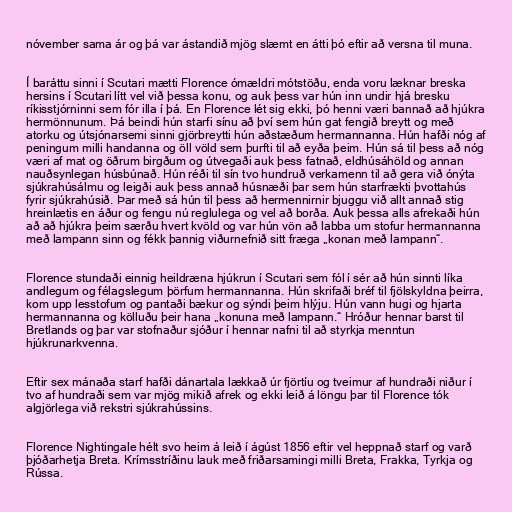
nóvember sama ár og þá var ástandið mjög slæmt en átti þó eftir að versna til muna.

Í baráttu sinni í Scutari mætti Florence ómældri mótstöðu, enda voru læknar breska
hersins í Scutari lítt vel við þessa konu, og auk þess var hún inn undir hjá bresku
ríkisstjórninni sem fór illa í þá. En Florence lét sig ekki, þó henni væri bannað að hjúkra
hermönnunum. Þá beindi hún starfi sínu að því sem hún gat fengið breytt og með
atorku og útsjónarsemi sinni gjörbreytti hún aðstæðum hermannanna. Hún hafði nóg af
peningum milli handanna og öll völd sem þurfti til að eyða þeim. Hún sá til þess að nóg
væri af mat og öðrum birgðum og útvegaði auk þess fatnað, eldhúsáhöld og annan
nauðsynlegan húsbúnað. Hún réði til sín tvo hundruð verkamenn til að gera við ónýta
sjúkrahúsálmu og leigði auk þess annað húsnæði þar sem hún starfrækti þvottahús
fyrir sjúkrahúsið. Þar með sá hún til þess að hermennirnir bjuggu við allt annað stig
hreinlætis en áður og fengu nú reglulega og vel að borða. Auk þessa alls afrekaði hún
að að hjúkra þeim særðu hvert kvöld og var hún vön að labba um stofur hermannanna
með lampann sinn og fékk þannig viðurnefnið sitt fræga „konan með lampann“.

Florence stundaði einnig heildræna hjúkrun í Scutari sem fól í sér að hún sinnti líka
andlegum og félagslegum þörfum hermannanna. Hún skrifaði bréf til fjölskyldna þeirra,
kom upp lesstofum og pantaði bækur og sýndi þeim hlýju. Hún vann hugi og hjarta
hermannanna og kölluðu þeir hana „konuna með lampann.“ Hróður hennar barst til
Bretlands og þar var stofnaður sjóður í hennar nafni til að styrkja menntun
hjúkrunarkvenna.

Eftir sex mánaða starf hafði dánartala lækkað úr fjörtíu og tveimur af hundraði niður í
tvo af hundraði sem var mjög mikið afrek og ekki leið á löngu þar til Florence tók
algjörlega við rekstri sjúkrahússins.

Florence Nightingale hélt svo heim á leið í ágúst 1856 eftir vel heppnað starf og varð
þjóðarhetja Breta. Krímsstríðinu lauk með friðarsamingi milli Breta, Frakka, Tyrkja og
Rússa.